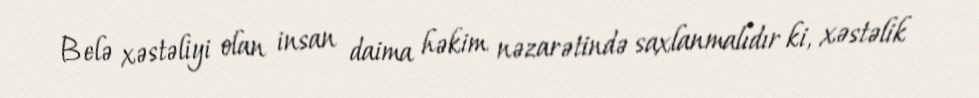
Belə xəstəliyi olan insan daima həkim nəzarətində saxlanmalıdır ki, xəstəlik